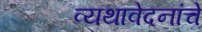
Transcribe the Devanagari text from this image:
व्यथावेदनांचे